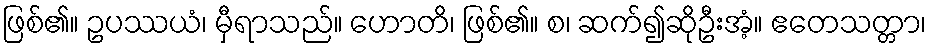
ဖြစ်၏။ ဥပဿယံ၊ မှီရာသည်။ ဟောတိ၊ ဖြစ်၏။ စ၊ ဆက်၍ဆိုဦးအံ့။ ဧတေသတ္တာ၊